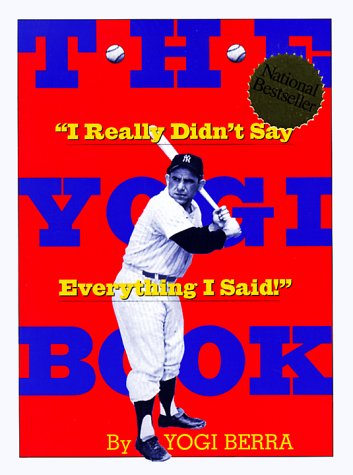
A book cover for The Yogi Book; Yogi Berra; Reference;